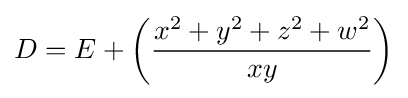
D=E+\left({\frac {x^{2}+y^{2}+z^{2}+w^{2}}{xy}}\right)